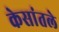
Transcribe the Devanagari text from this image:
केसांतले